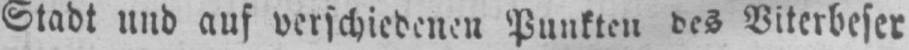
Stadt und auf verschiedenen Punkten des Viterbeser